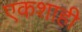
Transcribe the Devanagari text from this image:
एकशाही